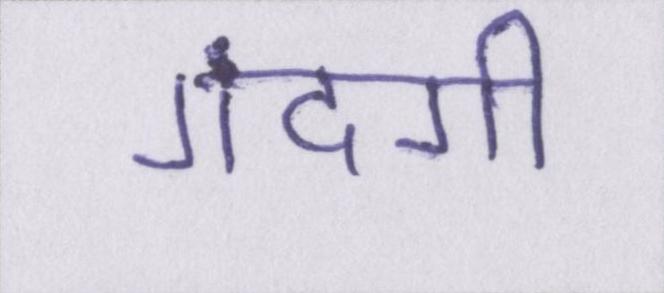
गंदगी